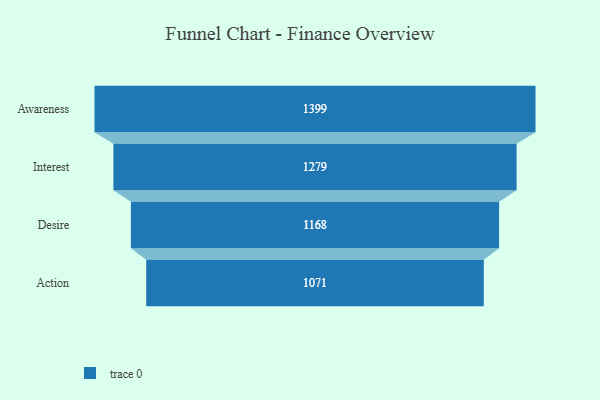
{"axis": {"x": "Stage", "y": "Value"}, "legend": [""], "data": [{"x": "Awareness", "y": 1399.0, "type": ""}, {"x": "Interest", "y": 1279.0, "type": ""}, {"x": "Desire", "y": 1168.0, "type": ""}, {"x": "Action", "y": 1071.0, "type": ""}]}